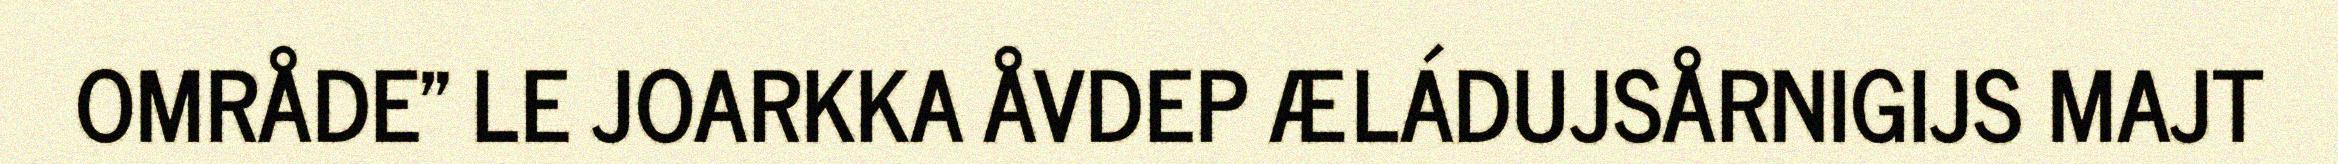
OMRÅDE" LE JOARKKA ÅVDEP ÆLÁDUJSÅRNIGIJS MAJT